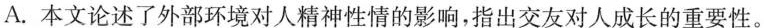
A.本文论述了外部环境对人精神性情的影响，指出交友对人成长的重要性。